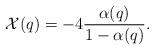
LaTeX: \begin{align*}\mathcal X(q)= -4\frac{\alpha(q)}{1-\alpha(q)}.\end{align*}